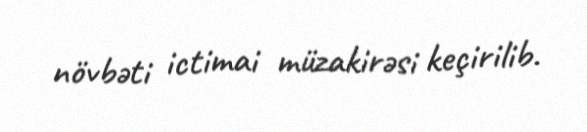
növbəti ictimai müzakirəsi keçirilib.